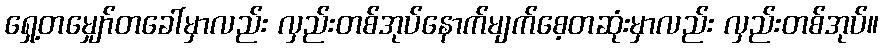
ရှေ့တမျှော်တခေါ်မှာလည်း လှည်းတစ်အုပ်နောက်မျက်စေ့တဆုံးမှာလည်း လှည်းတစ်အုပ်။